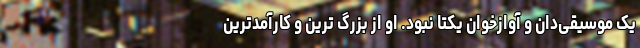
یک موسیقی‌دان و آوازخوان یکتا نبود. او از بزرگ ترین و کارآمدترین